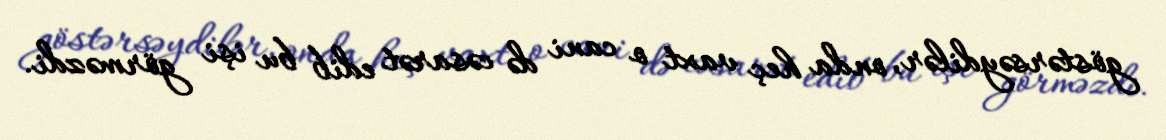
göstərsəydilər, onda heç vaxt o cani də cəsarət edib bu işi görməzdi.